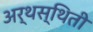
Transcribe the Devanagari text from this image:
अर्थस्थिती